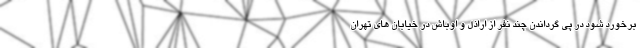
برخورد شود در پی گرداندن چند نفر از اراذل و اوباش در خیابان های تهران